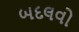
બદલવો